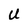
Character: U